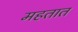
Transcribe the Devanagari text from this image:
महतात